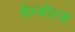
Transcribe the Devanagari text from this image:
चेम्बोल्ड